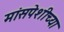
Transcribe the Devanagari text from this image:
मांसपेशीच्या